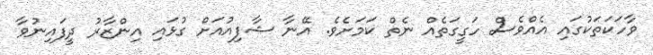
ވާހަކަތަކުގައި އެއްވެސް ހަގީގަތެއް ނެތް ކަމަށެވެ. އޭނާ ޝާފިއުއަށް ގުޅައި އިންޒާރު ދީފައިނުވާ